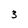
Character: 3